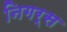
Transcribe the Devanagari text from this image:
निगर्स